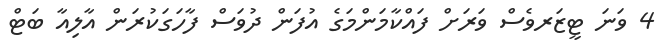
4 ވަނަ ޓީޒަރވެސް ވަރަށް ފައްކާމަންމަގެ އުފަން ދުވަސް ފާހަގަކުރަން އާލިއާ ބަޓް